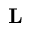
\mathbf { L }